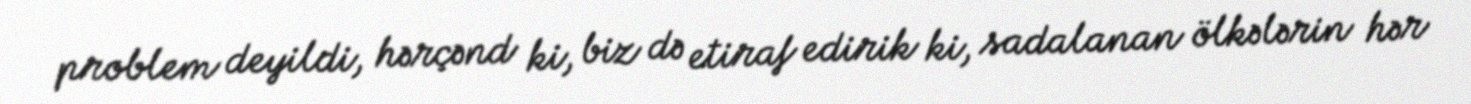
problem deyildi, hərçənd ki, biz də etiraf edirik ki, sadalanan ölkələrin hər